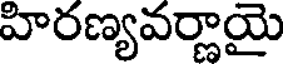
హిరణ్యవర్ణాయై